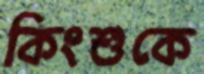
কিংশুকে